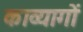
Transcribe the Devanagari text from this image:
काव्यागों